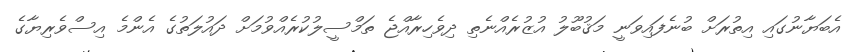
އެބަޔާނުގައި އިތުރަށް ބުނެފައިވަނީ މަޤުބޫލު އުޒުރެއްނެތި ދިވެހިރާއްޖެ ތަމްސީލުކުރެއްވުމަށް ދައުލަތުގެ އެންމެ އިސްވެރިޔާގެ